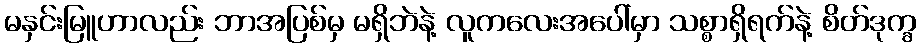
မနှင်းမြူဟာလည်း ဘာအပြစ်မှ မရှိဘဲနဲ့ လူကလေးအပေါ်မှာ သစ္စာရှိရက်နဲ့ စိတ်ဒုက္ခ